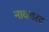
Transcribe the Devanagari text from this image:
नावगरद